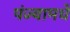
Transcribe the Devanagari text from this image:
पंज्यामधे